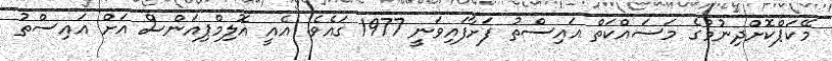
މޭކަޕްކޮށްދިނުމުގެ މަސައްކަތް އައިސްތު ފަށާފައިވަނީ 1977 ގައެވެ. އެއީ އޮލިމްޕިއަންސް އަށް އައިސްތު